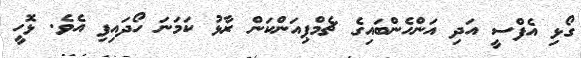
ގޯޅި އެފްސީ އަދި އަންހެންބައިގެ ޗެމްޕިއަންކަން ރާޅު ކަމަނަ ހޯދައިފި އެވެ. ޅޮހީ